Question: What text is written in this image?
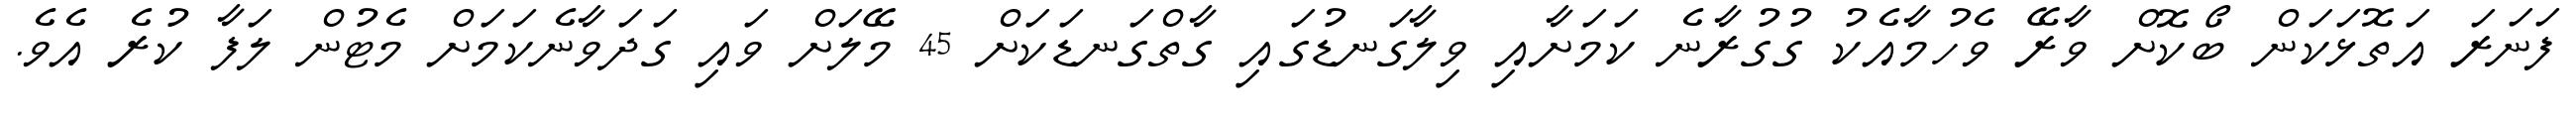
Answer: ފަނަރަ އަތޮޅަކަން ބޯކޮށް ވާރޭ ވެހުމާއެކު ގުގުރާނެ ކަމަށާއި ވިލާގަނޑުގައި ގާތްގަނޑަކަށް 45 މޭލަށް ވައި ގަދަވާނެކަމަށް މެޓުން ލަފާ ކުރެ އެވެ.